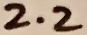
Text: 2.2